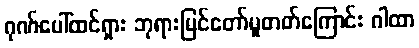
ဂုဏ်ပေါ်ထင်ရှား ဘုရားမြင်တော်မူတတ်ကြောင်း ဂါထာ